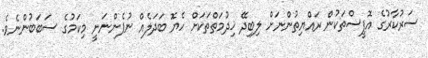
ސަރުކާރުގެ އޮފީސްތަކުން ރައްޔިތުންނަށް ލިބިދޭ ޚިދުމަތްތަކަށް ހެޔޮ ބަދަލެއް ނުފެންނަނީ މިކަމުގެ ސަބަބުންނެވެ.